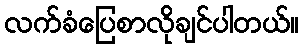
လက်ခံပြေစာလိုချင်ပါတယ်။